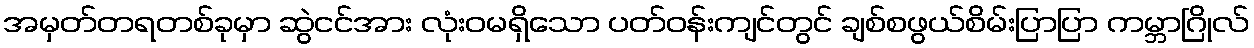
အမှတ်တရတစ်ခုမှာ ဆွဲငင်အား လုံးဝမရှိသော ပတ်ဝန်းကျင်တွင် ချစ်စဖွယ်စိမ်းပြာပြာ ကမ္ဘာဂြိုလ်